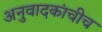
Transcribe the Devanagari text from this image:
अनुवादकांचीच